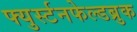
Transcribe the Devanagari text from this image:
फ्युर्स्टनफेल्डब्रुक